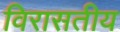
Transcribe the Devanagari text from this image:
विरासतीय